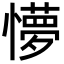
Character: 懜